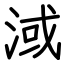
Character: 淢